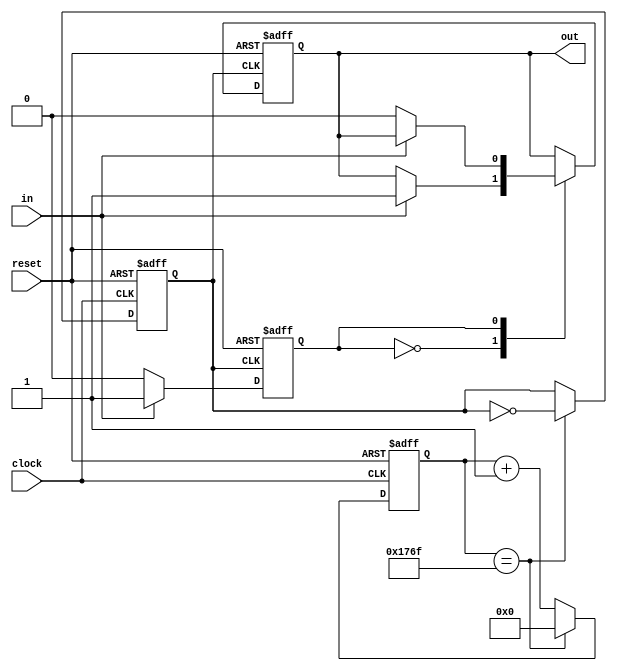
//------------------------------------------------------------------
//-- Debounce Module
//------------------------------------------------------------------

//-- Template for the top entity
module debounce #(
    // Parameters
    parameter CLOCK_SIZE = 24,
    parameter CLOCK_START = 24'd0,
    parameter CLOCK_LIMIT = 24'd5999
) (
    // Inputs
    input   reset,
    input   in,
    input   clock,
    // Outputs
    output  reg out
);

    // States
    localparam OFF   = 1'b0;
    localparam ON   = 1'b1;

    // Internal Storage
    reg [(CLOCK_SIZE - 1):00] clock_counter;
    reg state;
    reg debounce_clk;

    // Debounce Clock
    always @ (posedge clock or posedge reset) begin
        if (reset) begin
            clock_counter <= CLOCK_START;
            debounce_clk <= 0;
        end else if (clock_counter == CLOCK_LIMIT) begin
            clock_counter <= CLOCK_START;
            debounce_clk <= ~debounce_clk;
        end else begin
            clock_counter <= clock_counter + 1'b1;
        end
    end

    // Debounce FSM
    always @ (posedge debounce_clk or posedge reset) begin
        //Reset to Idle
        if (reset) begin
            state <= OFF;
            out <= OFF;
        end else begin
            case (state)
                OFF: begin
                    //Transition to Debounce
                    if (in==ON) begin
                        state <= ON;
                        out <= ON;
                    end
                end

                ON: begin
                    //Transition to Idle
                    if (in==OFF) begin
                        state <= OFF;
                        out <= OFF;
                    end
                end
            endcase
        end
    end
endmodule